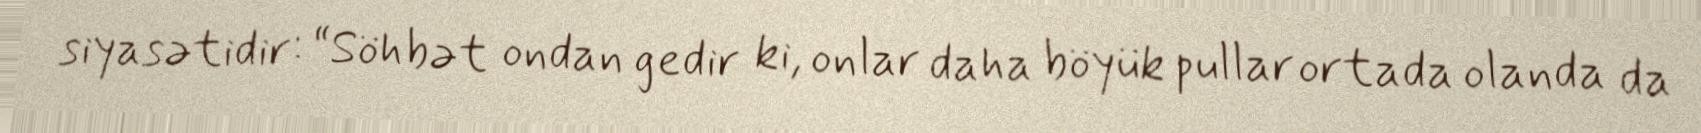
siyasətidir: “Söhbət ondan gedir ki, onlar daha böyük pullar ortada olanda da